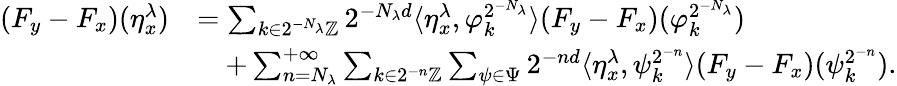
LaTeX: \begin{array}{rl}{(F_{y}-F_{x})(\eta_{x}^{\lambda})}&{=\sum_{k\in 2^{-N_{\lambda}}\mathbb{Z}}2^{-N_{\lambda}d}\langle\eta_{x}^{\lambda},\varphi_{k}^{2^{-N_{\lambda}}}\rangle(F_{y}-F_{x})(\varphi_{k}^{2^{-N_{\lambda}}})}\\ &{\quad+\sum_{n=N_{\lambda}}^{+\infty}\sum_{k\in 2^{-n}\mathbb{Z}}\sum_{\psi\in\Psi}2^{-nd}\langle\eta_{x}^{\lambda},\psi_{k}^{2^{-n}}\rangle(F_{y}-F_{x})(\psi_{k}^{2^{-n}}).}\end{array}